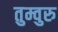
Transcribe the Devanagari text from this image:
तुम्वुरु